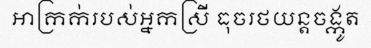
អាក្រក់របស់អ្នកស្រី ធុចរថយន្តចង្កូត